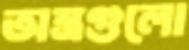
অস্ত্রগুলো